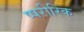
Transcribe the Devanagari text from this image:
ष्षरीरिक